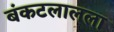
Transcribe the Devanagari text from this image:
बंकटलालला